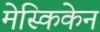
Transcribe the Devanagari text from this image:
मेस्किकेन